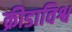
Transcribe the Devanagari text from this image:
क्रीडाविश्व